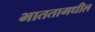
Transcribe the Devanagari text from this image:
भाततामधील